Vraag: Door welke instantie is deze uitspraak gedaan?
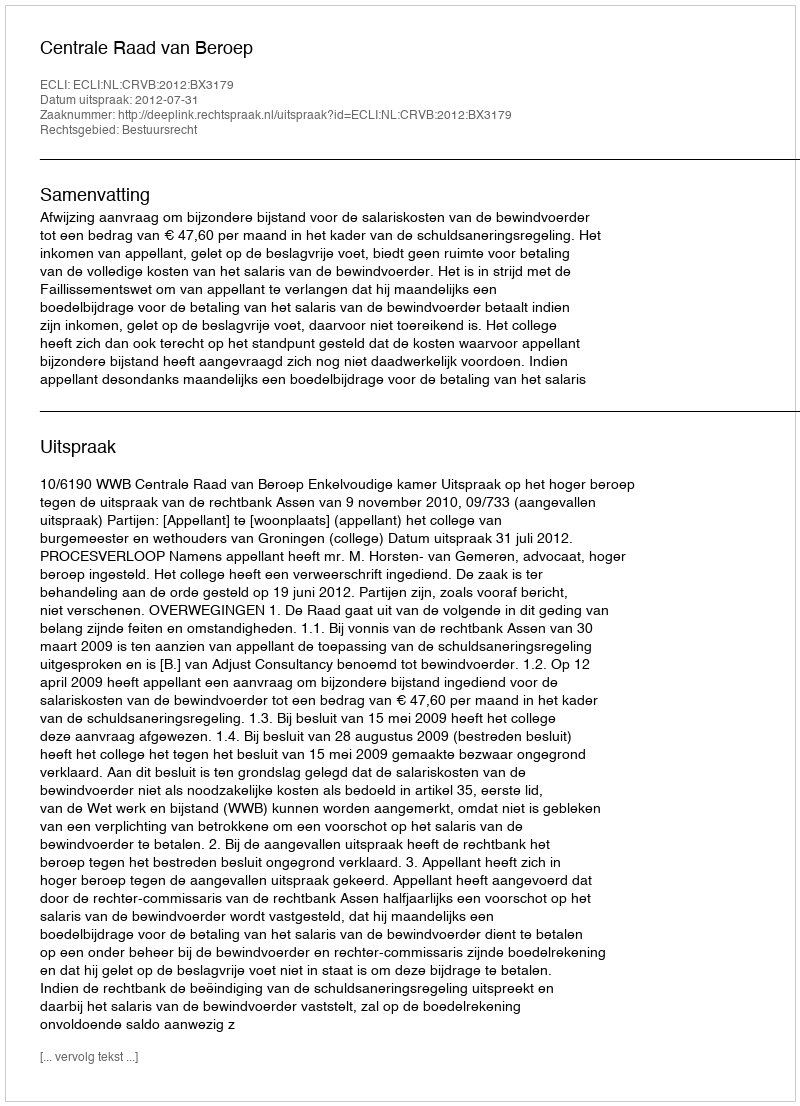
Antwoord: Centrale Raad van Beroep